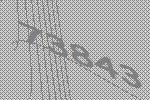
73843